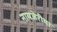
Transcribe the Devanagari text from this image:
नायजेरीया